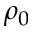
\rho _ { 0 }